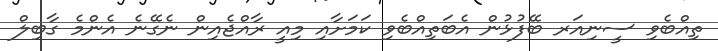
ތިއްބެވި ސީނިއަރ ބޭފުޅުން އެބަތިއްބެވި ކަމަށާއި މިއީ ރާއްޖެއިން ނެގޭނެ އެންމެ ގާބިލް